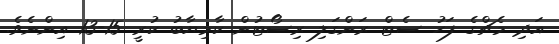
އަދި މެޗްގެ ފަހު ސެޓް ރަންގަލި ރިސޯޓުން ކާމިޔާބު ކުރީ 15-13 އިންނެވެ.